Newspaper: Omaha daily bee.
Place of publication: Omaha [Neb.]
Publisher: Edward Rosewater
Date: 1900-04-29 00:00:00
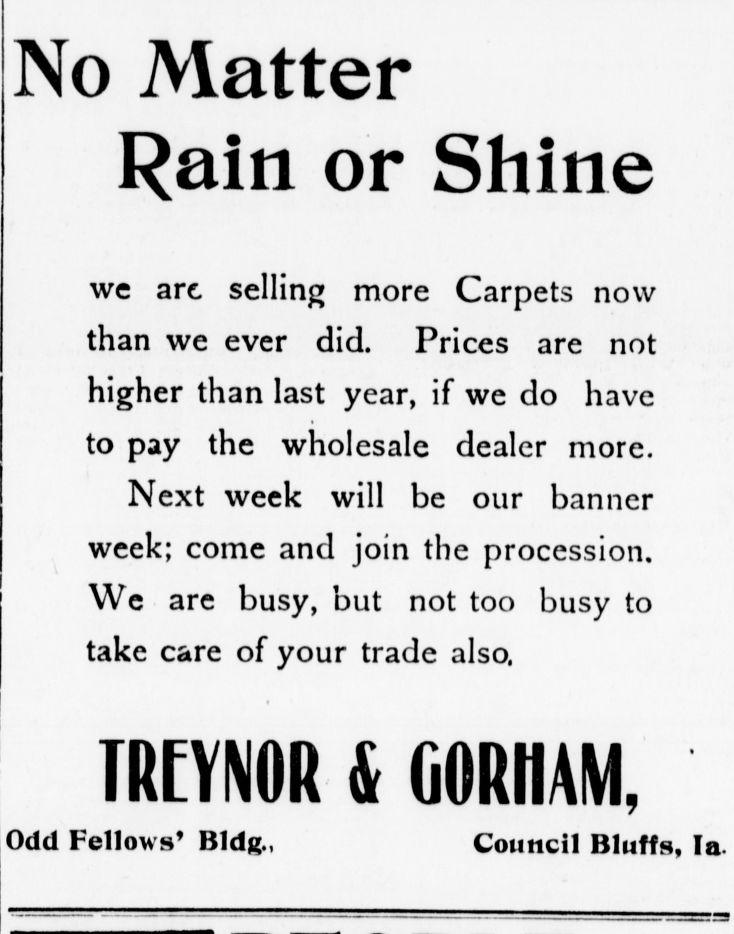
Advertisement text (OCR):
No Matter Rain or Shine we arc selling more Carpets now than we ever did. Prices are not higher than last year, if we do have to pay the wholesale dealer more. Next week will be our banner week; come and join the procession. We are busy, but not too busy to take care of your trade also. mi nun & ijiiitimi. Odd Fellows' Bldg., Council Bluffs, la.
Label: text-only